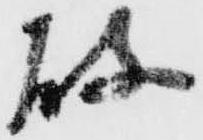
破